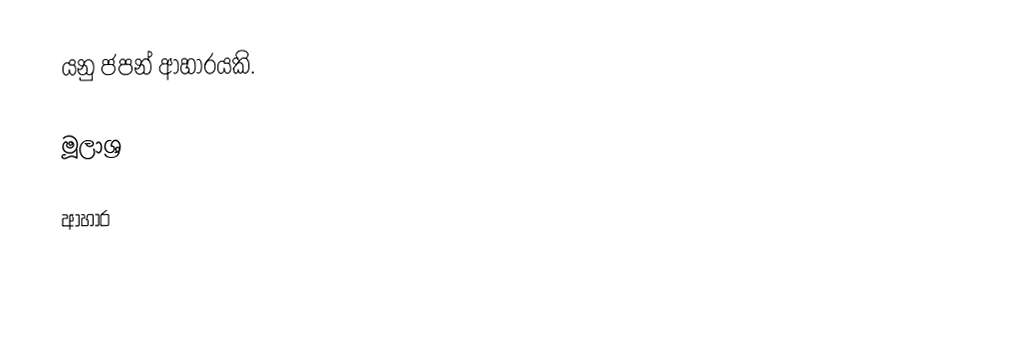
යනු ජපන් ආහාරයකි.

මූලාශ්‍ර

ආහාර